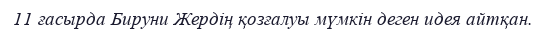
11 ғасырда Бируни Жердің қозғалуы мүмкін деген идея айтқан.